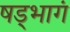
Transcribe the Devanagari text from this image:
षड्भागं